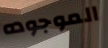
الموجوده